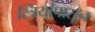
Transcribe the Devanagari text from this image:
स्त्रियांपासून